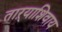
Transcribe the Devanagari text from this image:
ताऱ्याशिवाय